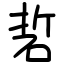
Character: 硩